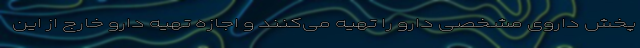
پخش داروی مشخصی دارو را تهیه می‌کنند و اجازه تهیه دارو خارج از این